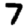
Digit: 7